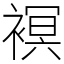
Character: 𧜀